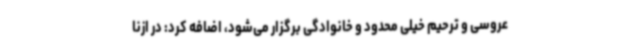
عروسی و ترحیم خیلی محدود و خانوادگی برگزار می‌شود، اضافه کرد: در ازنا